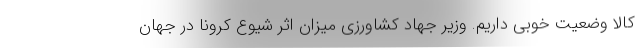
کالا وضعیت خوبی داریم. وزیر جهاد کشاورزی میزان اثر شیوع کرونا در جهان